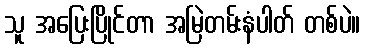
သူ အပြေးပြိုင်တာ အမြဲတမ်းနံပါတ် တစ်ပဲ။